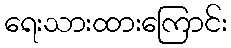
ရေးသားထားကြောင်း